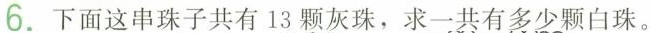
6.下面这串珠子共有13颗灰珠，求一共有多少颗白珠。